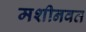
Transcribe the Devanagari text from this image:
मशीनवत